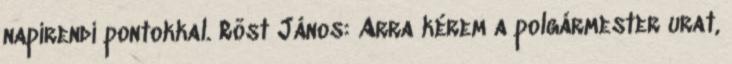
napirendi pontokkal. Röst János: Arra kérem a polgármester urat,